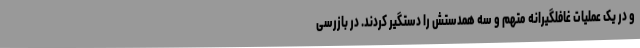
و در یک عملیات غافلگیرانه متهم و سه همدستش را دستگیر کردند. در بازرسی